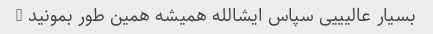
بسیار عالیییی سپاس ایشالله همیشه همین طور بمونید …